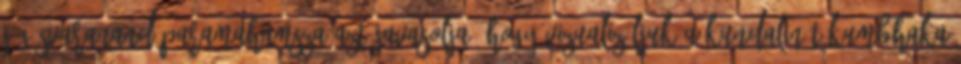
Jógésvaranand Paramahamsza azt javasolja, hogy vizualizáljuk a Kundalinít kumbhaka